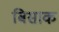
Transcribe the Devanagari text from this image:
बिसाक